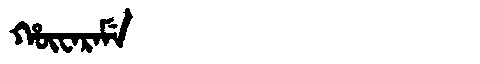
Manchu: ᡥᡡᠸᠠᡵᠠᠮᡝ
Romanization: HŪWARAME